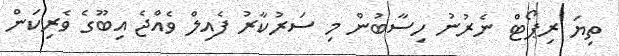
ތިޔަ ރިޕޯޓް ނެރުނު ހިސާބުން މި ސަރުކާރު ފެއިލް ވެއްޖެ އިބޫގެ ވެރިކަން